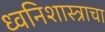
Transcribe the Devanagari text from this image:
ध्वनिशास्त्राचा